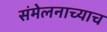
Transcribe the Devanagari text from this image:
संमेलनाच्याच